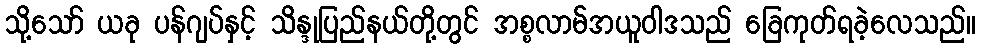
သို့သော် ယခု ပန်ဂျပ်နှင့် သိန္ဒုပြည်နယ်တို့တွင် အစ္စလာမ်အယူဝါဒသည် ခြေကုတ်ရခဲ့လေသည်။